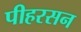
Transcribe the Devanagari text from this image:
पीहरसन